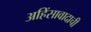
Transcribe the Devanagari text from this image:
अहिंसावादाची